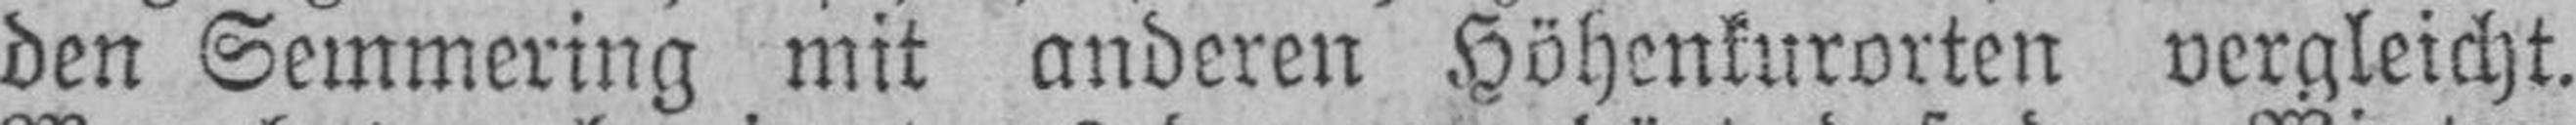
den Semmering mit anderen Höhenkurorten vergleicht.